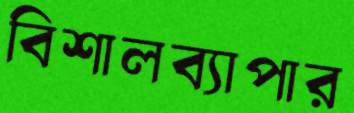
বিশালব্যাপার